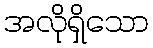
အလိုရှိသော